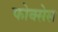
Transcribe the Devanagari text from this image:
फोक्सेस